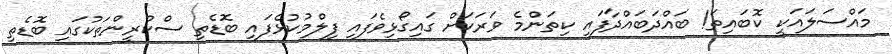
މައްސަލައަކީ ކޮބައިތަ! ބައްދަބައްދާފައި ކިތަންމެ ވަރަކަށް ގައިގޯޅިވެފައި ފިލްމުކުޅެފައި ބޮޑެތި ސްކްރީންތަކުގައި ބޮޑެތި